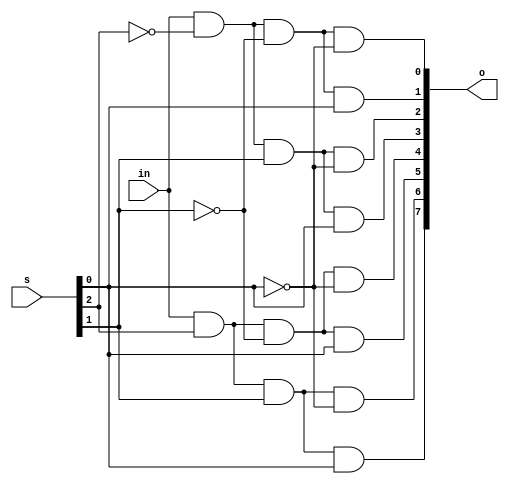
module demux1_8 (in,s,o);

input in;
input [2:0] s;
output [7:0] o;

assign o[0] = in & ~s[2] & ~s[1] & ~s[0];
assign o[1] = in & ~s[2] & ~s[1] & s[0];
assign o[2] = in & ~s[2] & s[1] & ~s[0];
assign o[3] = in & ~s[2] & s[1] & s[0];
assign o[4] = in & s[2] & ~s[1] & ~s[0];
assign o[5] = in & s[2] & ~s[1] & s[0];
assign o[6] = in & s[2] & s[1] & ~s[0];
assign o[7] = in & s[2] & s[1] & s[0];

endmodule